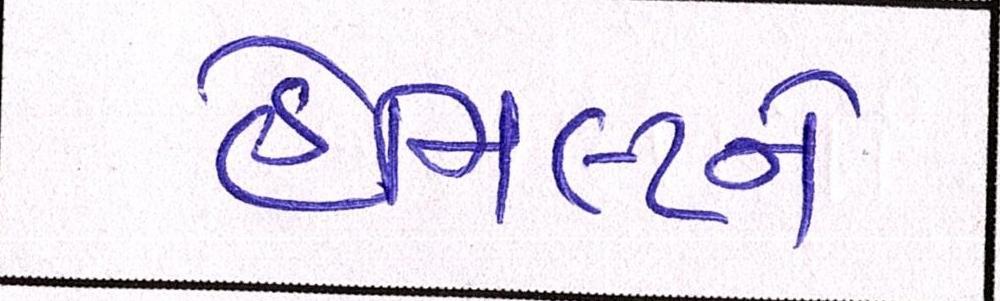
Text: હેમિલ્ટને